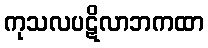
ကုသလပဋိလာဘကထာ